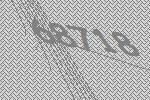
68718